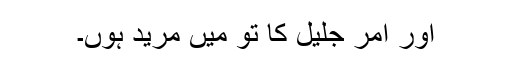
اور امر جلیل کا تو میں مرید ہوں۔